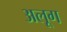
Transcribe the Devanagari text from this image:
अलूग